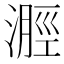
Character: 𣻽